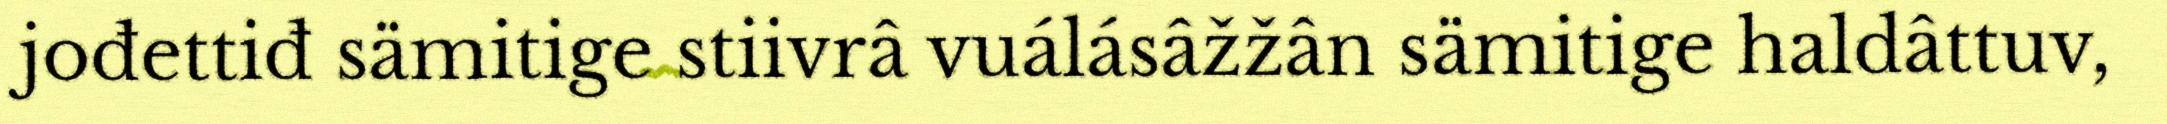
jođettiđ sämitige stiivrâ vuálásâžžân sämitige haldâttuv,